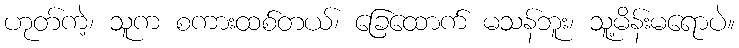
ဟုတ်ကဲ့၊ သူက စကားထစ်တယ်၊ ခြေထောက် မသန်ဘူး၊ သူ့မိန်းမရောပဲ။